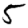
Digit: 5